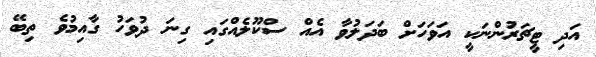
އަދި ޓީޗަރުންނަކީ އަވަހަށް ބަދަލުވާ އެއް ސްކޫލެއްގައި ގިނަ ދުވަހު ގާއިމުވެ ތިބޭ